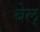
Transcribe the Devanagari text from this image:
बेल्